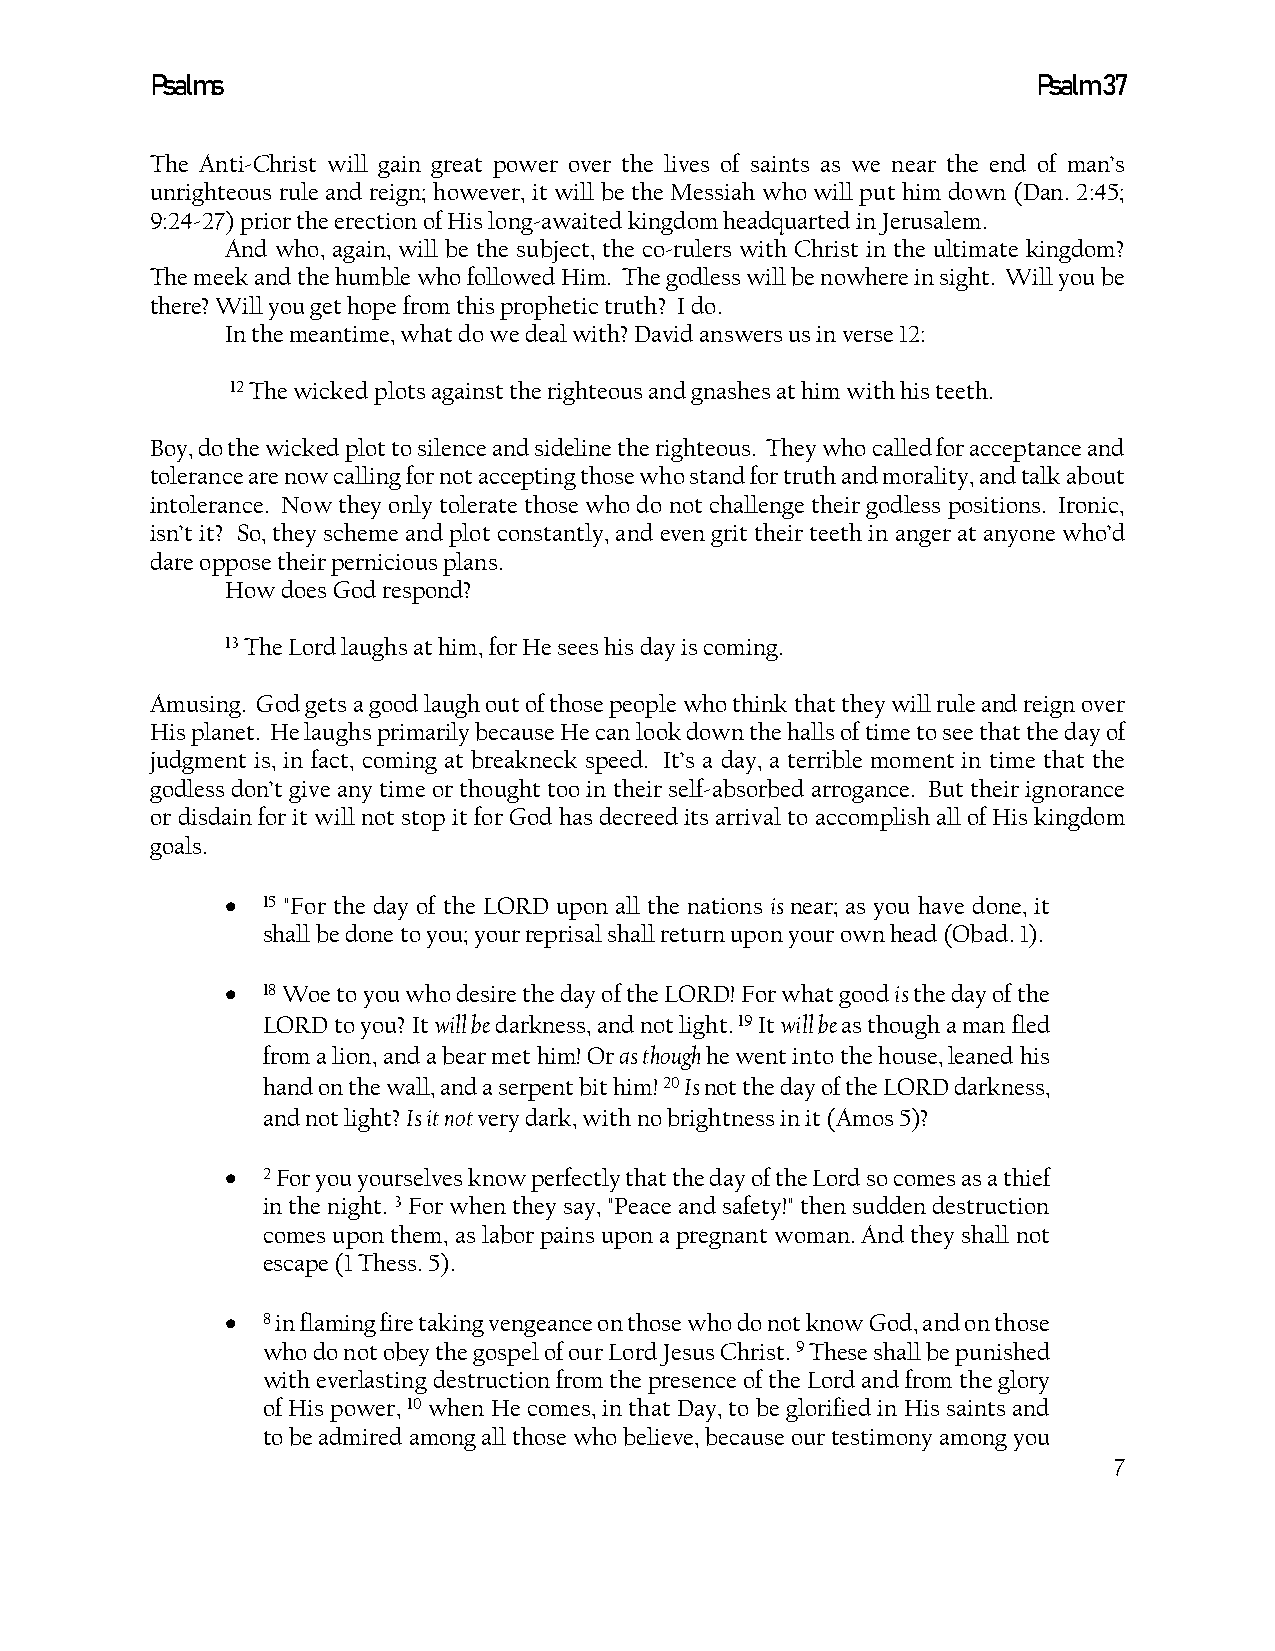
Psalms                                                     Psalm 37
 The Anti-Christ will gain great power over the lives of saints as we near the end of man’s
 unrighteous rule and reign; however, it will be the Messiah who will put him down (Dan. 2:45;
 9:24-27) prior the erection of His long-awaited kingdom headquarted in Jerusalem.
 And who, again, will be the subject, the co-rulers with Christ in the ultimate kingdom?
 The meek and the humble who followed Him. The godless will be nowhere in sight. Will you be
 there? Will you get hope from this prophetic truth? I do.
 In the meantime, what do we deal with? David answers us in verse 12:
 12 The wicked plots against the righteous and gnashes at him with his teeth.
 Boy, do the wicked plot to silence and sideline the righteous. They who called for acceptance and
 tolerance are now calling for not accepting those who stand for truth and morality, and talk about
 intolerance. Now they only tolerate those who do not challenge their godless positions. Ironic,
 isn’t it? So, they scheme and plot constantly, and even grit their teeth in anger at anyone who’d
 dare oppose their pernicious plans.
 How does God respond?
 13 The Lord laughs at him, for He sees his day is coming.
 Amusing. God gets a good laugh out of those people who think that they will rule and reign over
 His planet. He laughs primarily because He can look down the halls of time to see that the day of
 judgment is, in fact, coming at breakneck speed. It’s a day, a terrible moment in time that the
 godless don’t give any time or thought too in their self-absorbed arrogance. But their ignorance
 or disdain for it will not stop it for God has decreed its arrival to accomplish all of His kingdom
 goals.
 • 15 "For the day of the LORD upon all the nations is near; as you have done, it
 shall be done to you; your reprisal shall return upon your own head (Obad. 1).
 • 18 Woe to you who desire the day of the LORD! For what good is the day of the
 LORD to you? It will be darkness, and not light. 19 It will be as though a man fled
 from a lion, and a bear met him! Or as though he went into the house, leaned his
 hand on the wall, and a serpent bit him! 20 Is not the day of the LORD darkness,
 and not light? Is it not very dark, with no brightness in it (Amos 5)?
 • 2 For you yourselves know perfectly that the day of the Lord so comes as a thief
 in the night. 3 For when they say, "Peace and safety!" then sudden destruction
 comes upon them, as labor pains upon a pregnant woman. And they shall not
 escape (1 Thess. 5).
 • 8 in flaming fire taking vengeance on those who do not know God, and on those
 who do not obey the gospel of our Lord Jesus Christ. 9 These shall be punished
 with everlasting destruction from the presence of the Lord and from the glory
 of His power, 10 when He comes, in that Day, to be glorified in His saints and
 to be admired among all those who believe, because our testimony among you
 7